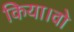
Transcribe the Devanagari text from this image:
किया।वो